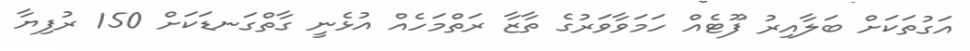
އަގުތަކަށް ބަލާއިރު ފޫޓެއް ހަމަވާވަރުގެ ތާޒާ ރަތްމަހެއް އުޅެނީ ގާތްގަނޑަކަށް 150 ރުފިޔާ